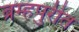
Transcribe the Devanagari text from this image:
ब्रम्हपुरीत